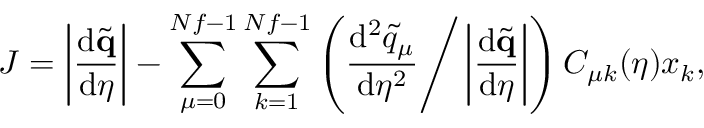
J = \left| \frac { \mathrm { d } \tilde { \mathbf { q } } } { \mathrm { d } \eta } \right| - \sum _ { \mu = 0 } ^ { N f - 1 } \sum _ { k = 1 } ^ { N f - 1 } \left( \frac { \mathrm { d } ^ { 2 } \tilde { q } _ { \mu } } { \mathrm { d } \eta ^ { 2 } } \Bigg / \left| \frac { \mathrm { d } \tilde { \mathbf { q } } } { \mathrm { d } \eta } \right| \right) C _ { \mu k } ( \eta ) x _ { k } ,